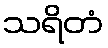
သရိတံ